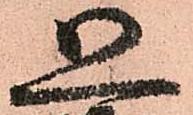
恐